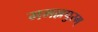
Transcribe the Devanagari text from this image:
ममल्लपुरम्